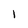
Character: l